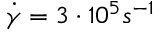
\dot { \gamma } = 3 \cdot 1 0 ^ { 5 } s ^ { - 1 }